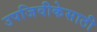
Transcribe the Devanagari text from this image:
उपजिवीकेसाठी